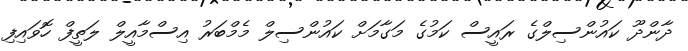
ދާންދޫ ކައުންސިލްގެ ރައީސް ކަމުގެ މަގާމަށް ކައުންސިލް މެމްބަރު އިސްމާއީލް ލަތީފް ހޮވައިފި